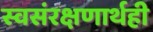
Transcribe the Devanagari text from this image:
स्वसंरक्षणार्थही